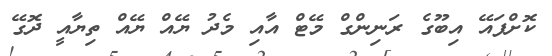
ކޮށްފައޭ އިބޫގެ ރަނިންގް މޭޓް އާއި މެދު ޔޭއް ޔޭއް ތިޔާއީ ދޮގޭ